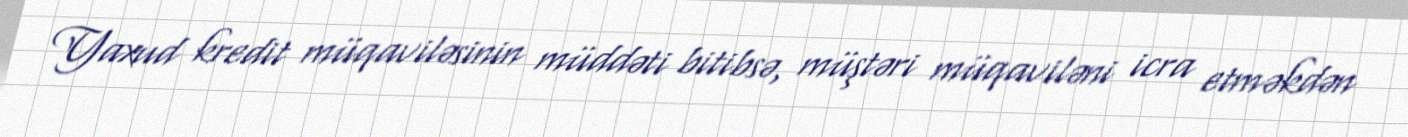
Yaxud kredit müqaviləsinin müddəti bitibsə, müştəri müqaviləni icra etməkdən